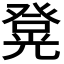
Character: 𭽄